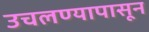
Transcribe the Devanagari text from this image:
उचलण्यापासून